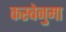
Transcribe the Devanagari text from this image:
कस्बेनुमा